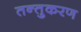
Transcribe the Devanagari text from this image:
तन्तुकरण